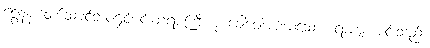
ရွှေနန်းတော်သခင်ဘဝရှင်မင်းတရားကြီးဟု ခေါ်ဝေါ်အပ်ထသော။ ရာဇာ၊ မင်းသည်။